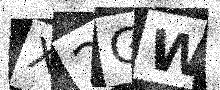
Text: X2GW